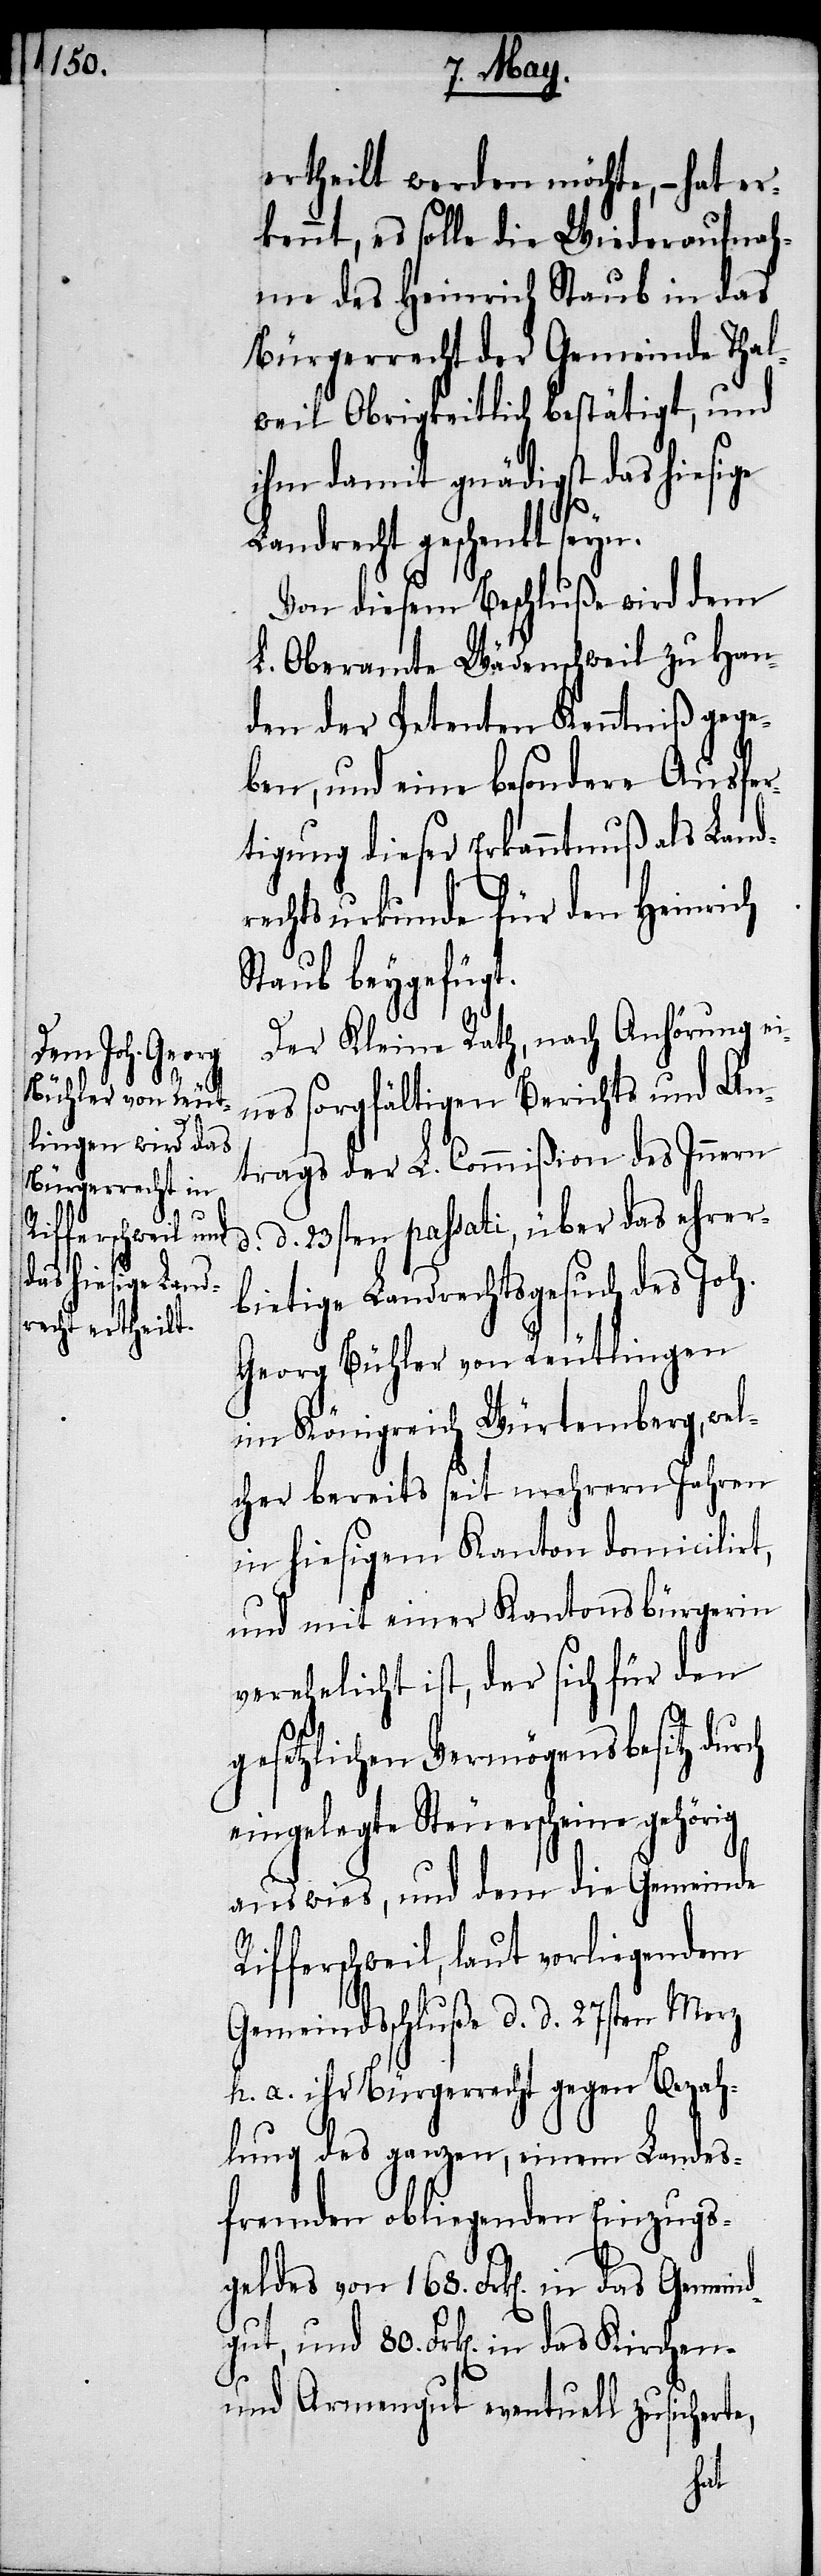
ertheilt werden möchte, hat er¬
kennt, es solle die Wiederaufnah¬
me des Heinrich Staub in das
Bürgerrecht der Gemeinde Thal¬
weil Obrigkeitlich bestätigt, und
ihm damit gnädigst das hiesige
Landrecht geschenkt
Von diesem Beschluße wird dem
L. Oberamte Wädenschweil zu Han¬
den der Petenten Kenntniß gege¬
ben, und eine besondere Ausfer¬
tigung dieser Erkanntnuß als Land¬
rechtsurkunde für den Heinrich
Staub beygefügt.
Der Kleine Rath, nach Anhörung ei¬
nes sorgfältigen Berichts und An¬
trags der L. Commißion des Innern
d. d. 23sten passati, über das ehrer¬
bietige Landrechtsgesuch des Joh.
Georg Bühler von Reutlingen
im Königreich Würtemberg, wel¬
cher bereits seit mehrern Jahren
in hiesigem Kanton domicilirt,
und mit einer Kantonsbürgerin
verehelicht ist, der sich für den
gesetzlichen Vermögensbesitz dur¬
eingelegte Steuerscheine gehörig
auswies, und dem die Gemeinde
Rifferschweil, laut vorliegendem
Gemeindsschluße d. d. 27sten Merz
h. a. ihr Bürgerrecht gegen Bezah¬
lung des ganzen, einem Landes¬
fremden obliegenden Einzugs¬
geldes von 168. Frk[en]. in das Gemeind¬
gut, und 80. Frk[en]. in das
und Armengut eventuell zusicherte,
ch